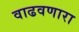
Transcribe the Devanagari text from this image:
वाढवणारा